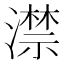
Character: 澿